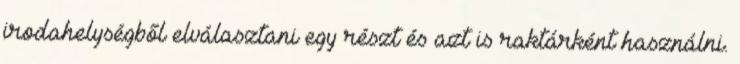
irodahelységből elválasztani egy részt és azt is raktárként használni.